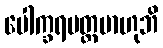
ပေါက္ခရပတ္တဗာဟုဘိ